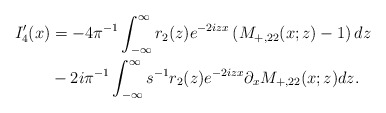
\begin{align*}\begin{aligned}I_4^{\prime}(x)&=-4\pi^{-1} \int_{-\infty}^{\infty}r_2(z) e^{-2 i z x}\left(M_{+,22}(x;z)-1\right) dz\\&-2i\pi^{-1}\int_{-\infty}^{\infty} s^{-1} r_2(z) e^{-2 i z x} \partial_{x} M_{+,22}(x ; z) dz. \end{aligned}\end{align*}